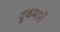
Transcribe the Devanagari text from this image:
ट्रुकमार्गे